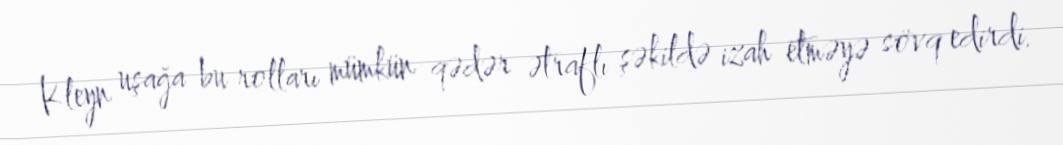
Kleyn uşağa bu rolları mümkün qədər ətraflı şəkildə izah etməyə sövq edirdi.